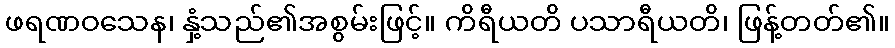
ဖရဏဝသေန၊ နှံ့သည်၏အစွမ်းဖြင့်။ ကိရီယတိ ပသာရီယတိ၊ ဖြန့်တတ်၏။